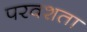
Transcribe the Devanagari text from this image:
परवशता